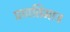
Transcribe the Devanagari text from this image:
प्रणतिमात्र